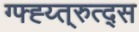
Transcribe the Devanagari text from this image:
ग्फ्ह्य्त्रुत्द्स